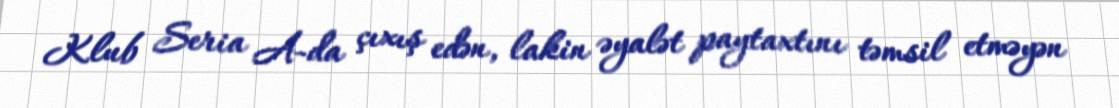
Klub Seria A-da çıxış edən, lakin əyalət paytaxtını təmsil etməyən